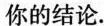
你的结论.